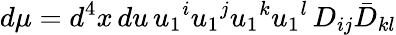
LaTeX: d\mu=d^{4}x\, du\, u_{1}{}^{i}u_{1}{}^{j}u_{1}{}^{k}u_{1}{}^{l}\, D_{ij}\bar{D}_{kl}